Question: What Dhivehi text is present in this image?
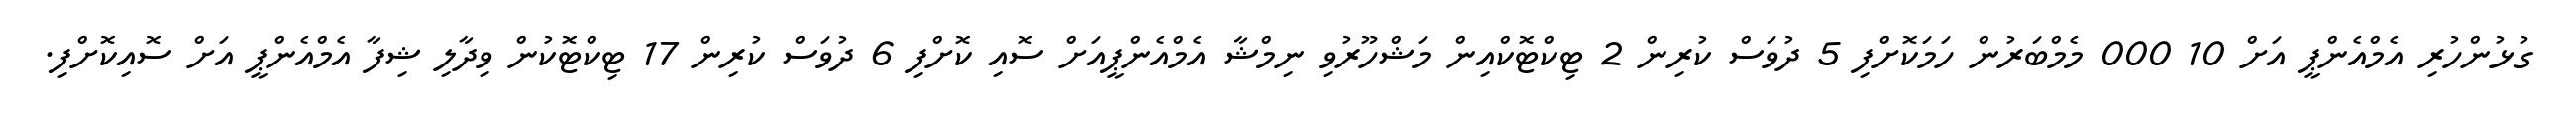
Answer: ގުޅުންހުރި އެމްއެންޕީ އަށް 10 000 މެމްބަރުން ހަމަކޮށްފި 5 ދުވަސް ކުރިން 2 ޓިކްޓޮކްއިން މަޝްހޫރުވި ނިމްޝާ އެމްއެންޕީއަށް ސޮއި ކޮށްފި 6 ދުވަސް ކުރިން 17 ޓިކްޓޮކުން ވިދާލި ޝިފާ އެމްއެންޕީ އަށް ސޮއިކޮށްފި.